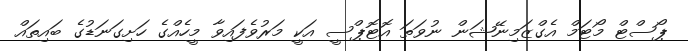
ޕޯސްޓް މޯޓަމް އެގްޒަމިނޭޝަން ނުވަތަ އޮޓޮޕްސީ އަކީ މަރުވެފައިވާ މީހެއްގެ ހަށިގަނަޑުގެ ބައިތައް